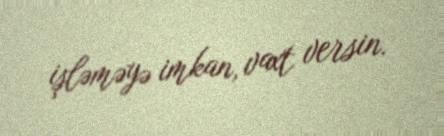
işləməyə imkan, vaxt versin.